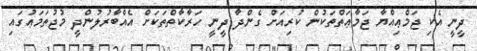
ދީނީ އެކި ޖަމްޢިއްޔާ ޖަމާޢަތްތަކުން ކުރިއަށް ގެންދާ ދީނީ ހަރާކާތްތަކަށް އެއްބާރުލުންދީ މުޖުތަމަޢުގައި